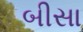
બીસા